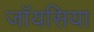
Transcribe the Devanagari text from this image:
जॉयसिया